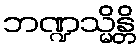
ဘဏ္ဍသ္မိန္တိ